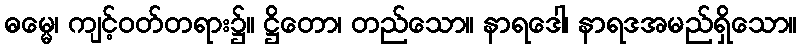
ဓမ္မေ၊ ကျင့်ဝတ်တရား၌။ ဋ္ဌိတော၊ တည်သော။ နာရဒေါ၊ နာရဒအမည်ရှိသော။